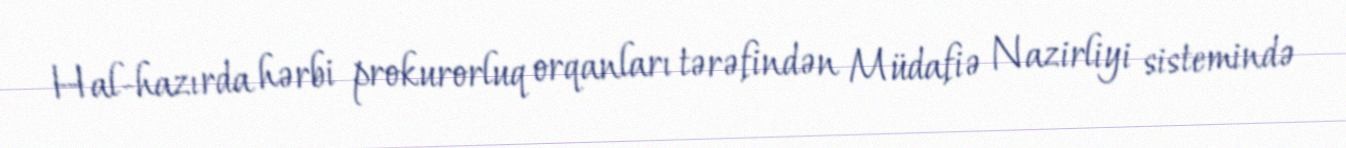
Hal-hazırda hərbi prokurorluq orqanları tərəfindən Müdafiə Nazirliyi sistemində